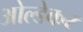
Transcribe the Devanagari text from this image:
ओल्डेकर